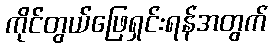
ကိုင်တွယ်ဖြေရှင်းရန်အတွက်